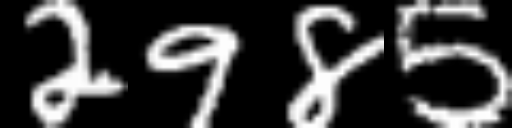
Text: 2985